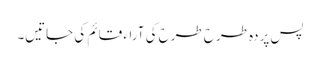
پس پردہ طرح طرح کی آراء قائم کی جاتیں۔